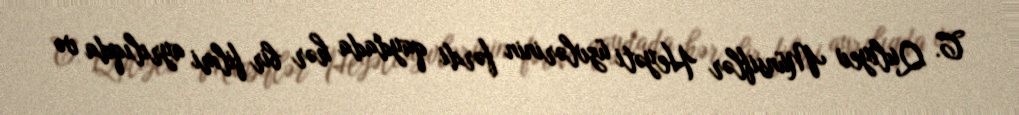
C. Quliyev Münsiflər Heyəti üzvlərinin fərdi qaydada hər bir filmi ayrılıqda və